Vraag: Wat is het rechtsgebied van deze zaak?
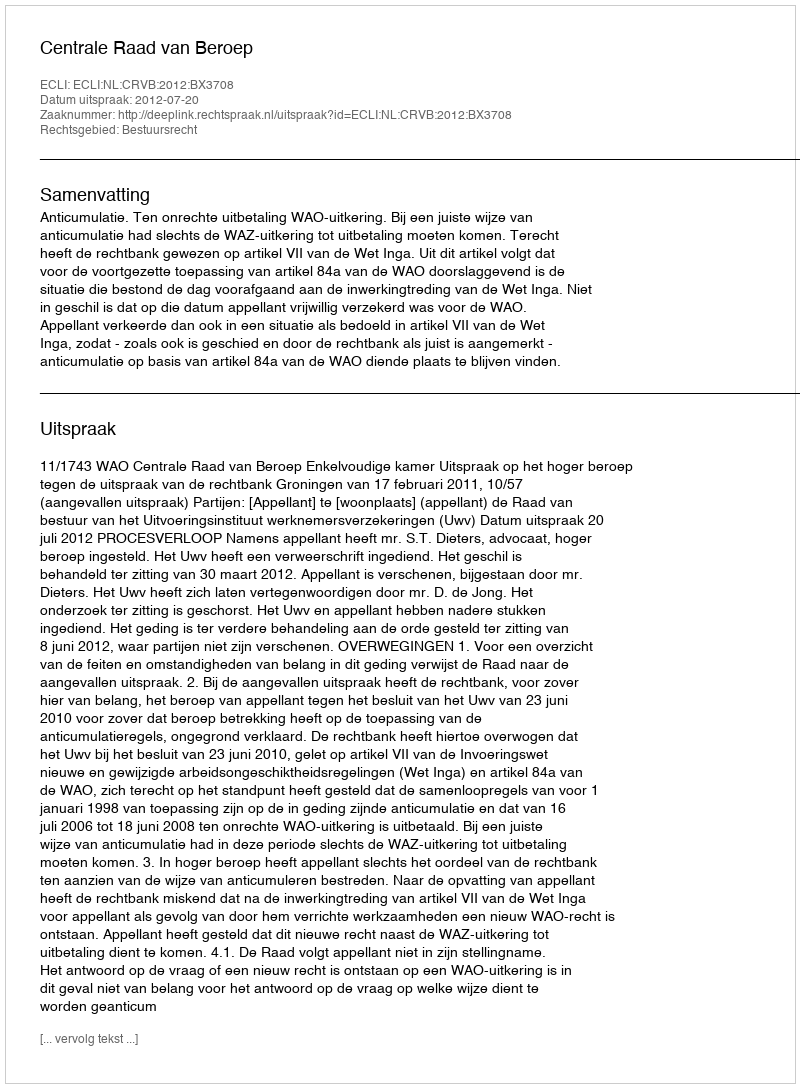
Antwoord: Bestuursrecht